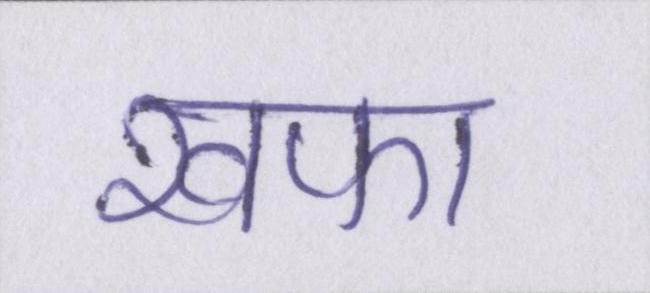
खफा